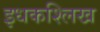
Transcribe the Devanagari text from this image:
इधकश्लिख